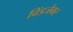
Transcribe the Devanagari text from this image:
विंडजैमर